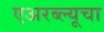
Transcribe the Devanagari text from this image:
एअरब्ल्यूचा